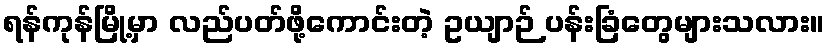
ရန်ကုန်မြို့မှာ လည်ပတ်ဖို့ကောင်းတဲ့ ဥယျာဉ် ပန်းခြံတွေများသလား။